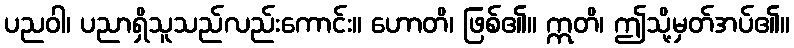
ပညဝါ၊ ပညာရှိသူသည်လည်းကောင်း။ ဟောတိ၊ ဖြစ်၏။ ဣတိ၊ ဤသို့မှတ်အပ်၏။